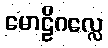
မောဠိဂလ္လေ